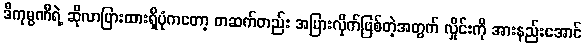
ဒီကုမ္ပဏီရဲ့ ဆိုလာပြားထားရှိပုံကတော့ တဆက်တည်း အပြားလိုက်ဖြစ်တဲ့အတွက် လှိုင်းကို အားနည်းအောင်